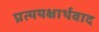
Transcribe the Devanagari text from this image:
प्रत्ययक्षार्थवाद